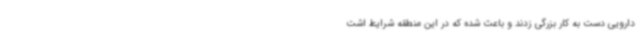
دارویی دست به کار بزرگی زدند و باعث شده که در این منطقه شرایط اشت